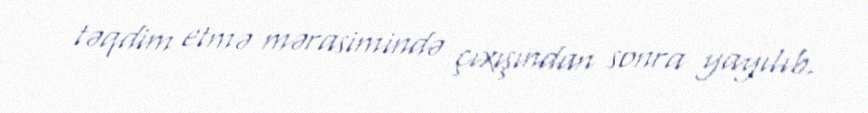
təqdim etmə mərasimində çıxışından sonra yayılıb.